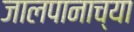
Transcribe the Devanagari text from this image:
जालपानाच्या